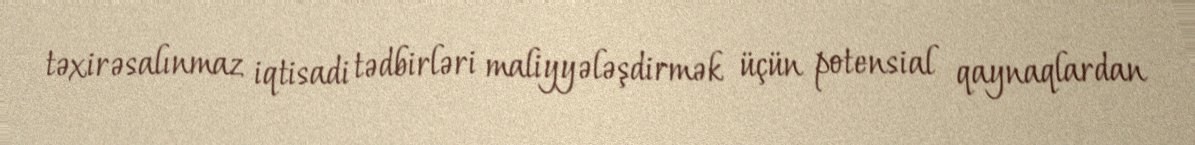
təxirəsalınmaz iqtisadi tədbirləri maliyyələşdirmək üçün potensial qaynaqlardan